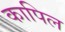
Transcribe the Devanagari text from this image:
कापिल